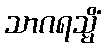
သာဂရသ္မိံ